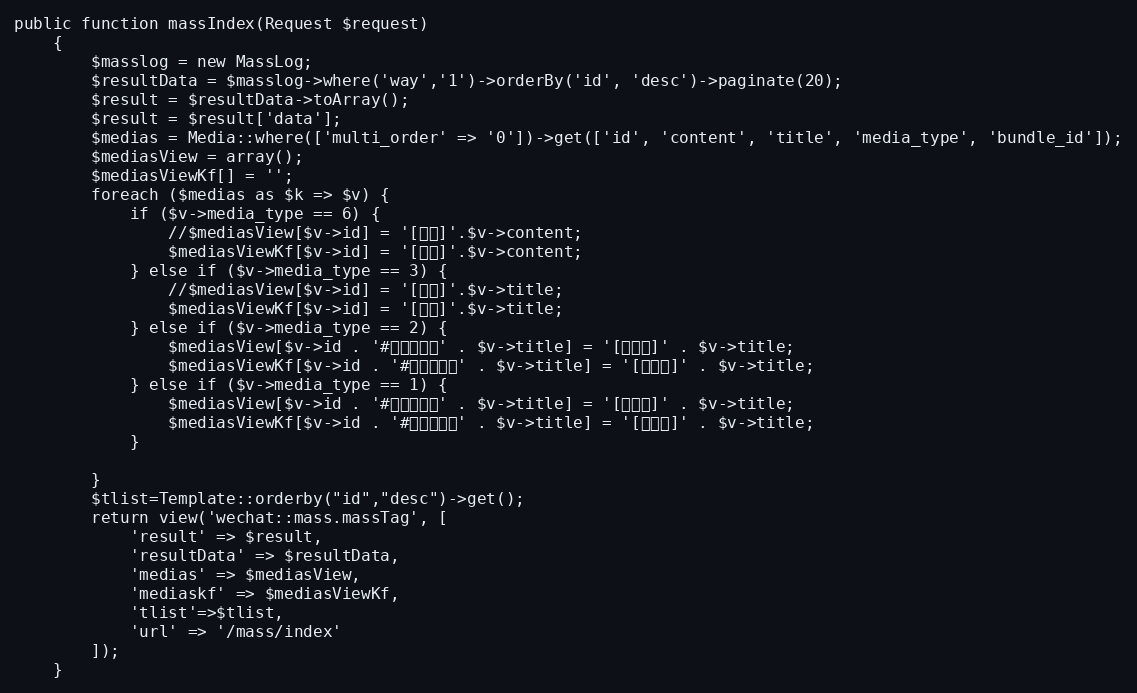
Language: PHP
public function massIndex(Request $request)
    {
        $masslog = new MassLog;
        $resultData = $masslog->where('way','1')->orderBy('id', 'desc')->paginate(20);
        $result = $resultData->toArray();
        $result = $result['data'];
        $medias = Media::where(['multi_order' => '0'])->get(['id', 'content', 'title', 'media_type', 'bundle_id']);
        $mediasView = array();
        $mediasViewKf[] = '';
        foreach ($medias as $k => $v) {
            if ($v->media_type == 6) {
                //$mediasView[$v->id] = '[文本]'.$v->content;
                $mediasViewKf[$v->id] = '[文本]'.$v->content;
            } else if ($v->media_type == 3) {
                //$mediasView[$v->id] = '[图片]'.$v->title;
                $mediasViewKf[$v->id] = '[图片]'.$v->title;
            } else if ($v->media_type == 2) {
                $mediasView[$v->id . '#【多图文】' . $v->title] = '[多图文]' . $v->title;
                $mediasViewKf[$v->id . '#【多图文】' . $v->title] = '[多图文]' . $v->title;
            } else if ($v->media_type == 1) {
                $mediasView[$v->id . '#【单图文】' . $v->title] = '[单图文]' . $v->title;
                $mediasViewKf[$v->id . '#【单图文】' . $v->title] = '[单图文]' . $v->title;
            }

        }
        $tlist=Template::orderby("id","desc")->get();
        return view('wechat::mass.massTag', [
            'result' => $result,
            'resultData' => $resultData,
            'medias' => $mediasView,
            'mediaskf' => $mediasViewKf,
            'tlist'=>$tlist,
            'url' => '/mass/index'
        ]);
    }